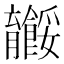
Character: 𬛠